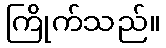
ကြိုက်သည်။